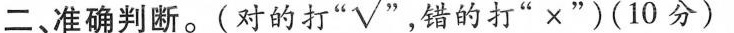
二、准确判断。(对的打”√”，错的打”×”)(10分)